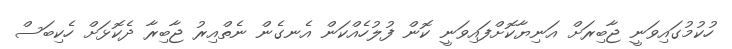
ހުކުމުގައިވަނީ ޖާބިރަށް އަނިޔާކޮށްފައިވަނީ ކޮން ފުލުހެއްކަން އެނގެން ނެތްއިރު ޖާބިރާ ދެކޮޅަށް ހެކިބަސް